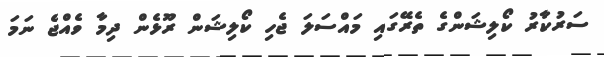
ސަރުކާރު ކޯލިޝަންގެ ތެރޭގައި މައްސަލަ ޖެހި ކޯލިޝަން ރޫޅެން ދިމާ ވެއްޖެ ނަމަ